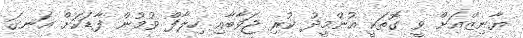
ޔާނިޒްއަށް ވީ ގޮތަކީ އުންމީދު ކުރި ޖަވާބާއި ހިލާފް ވުމުން ފާޑަކަށް އަނގަ